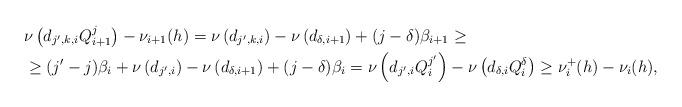
LaTeX: \begin{align*}&\nu\left(d_{j',k,i}Q_{i+1}^j\right)-\nu_{i+1}(h)=\nu\left(d_{j',k,i}\right)-\nu\left(d_{\delta,i+1}\right)+(j-\delta)\beta_{i+1}\ge\\&\ge(j'-j)\beta_i+\nu\left(d_{j',i}\right)-\nu\left(d_{\delta,i+1}\right)+(j-\delta)\beta_i=\nu\left(d_{j',i}Q_i^{j'}\right)-\nu\left(d_{\delta,i}Q_i^\delta\right)\ge\nu_i^+(h)-\nu_i(h),\end{align*}